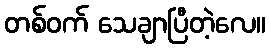
တစ်ဝက် သေချာပြီတဲ့လေ။